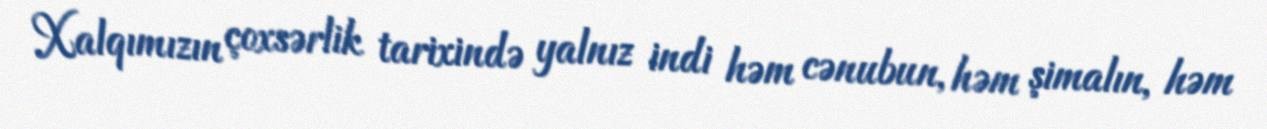
Xalqımızın çoxsərlik tarixində yalnız indi həm cənubun, həm şimalın, həm